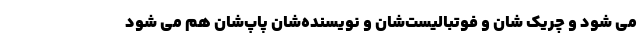
می شود و چریک شان و فوتبالیست‌شان و نویسنده‌شان پاپ‌شان هم می شود